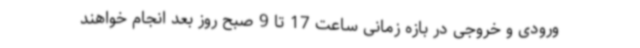
ورودی و خروجی در بازه زمانی ساعت 17 تا 9 صبح روز بعد انجام خواهند